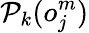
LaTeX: \mathcal{P}_{k}(o_{j}^{m})